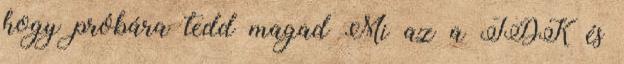
hogy próbára tedd magad Mi az a TDK és